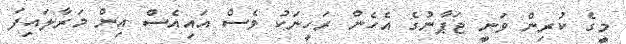
މީގެ ކުރިން ވަނީ ޖަޕާނުގެ އެހެން ރަހީނަކު ވެސް އައިއެސް އިން މަރާލައިފަ